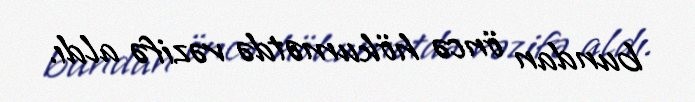
bundan öncə hökumətdə vəzifə aldı.